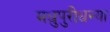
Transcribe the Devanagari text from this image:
मधुपुरीधन्या